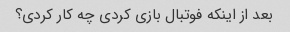
بعد از اینکه فوتبال بازی کردی چه کار کردی؟